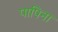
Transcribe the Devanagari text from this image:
पापिना